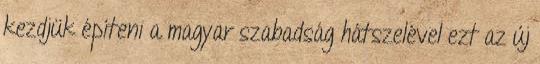
kezdjük építeni a magyar szabadság hátszelével ezt az új